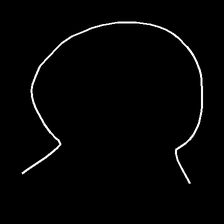
Glyph: weave